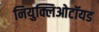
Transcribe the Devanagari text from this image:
नियुक्लिओटॉयड